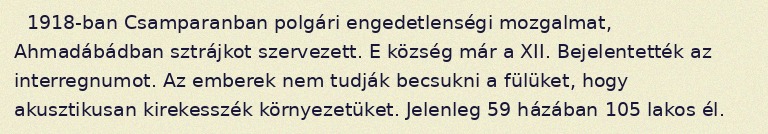
1918-ban Csamparanban polgári engedetlenségi mozgalmat, Ahmadábádban sztrájkot szervezett. E község már a XII. Bejelentették az interregnumot. Az emberek nem tudják becsukni a fülüket, hogy akusztikusan kirekesszék környezetüket. Jelenleg 59 házában 105 lakos él.